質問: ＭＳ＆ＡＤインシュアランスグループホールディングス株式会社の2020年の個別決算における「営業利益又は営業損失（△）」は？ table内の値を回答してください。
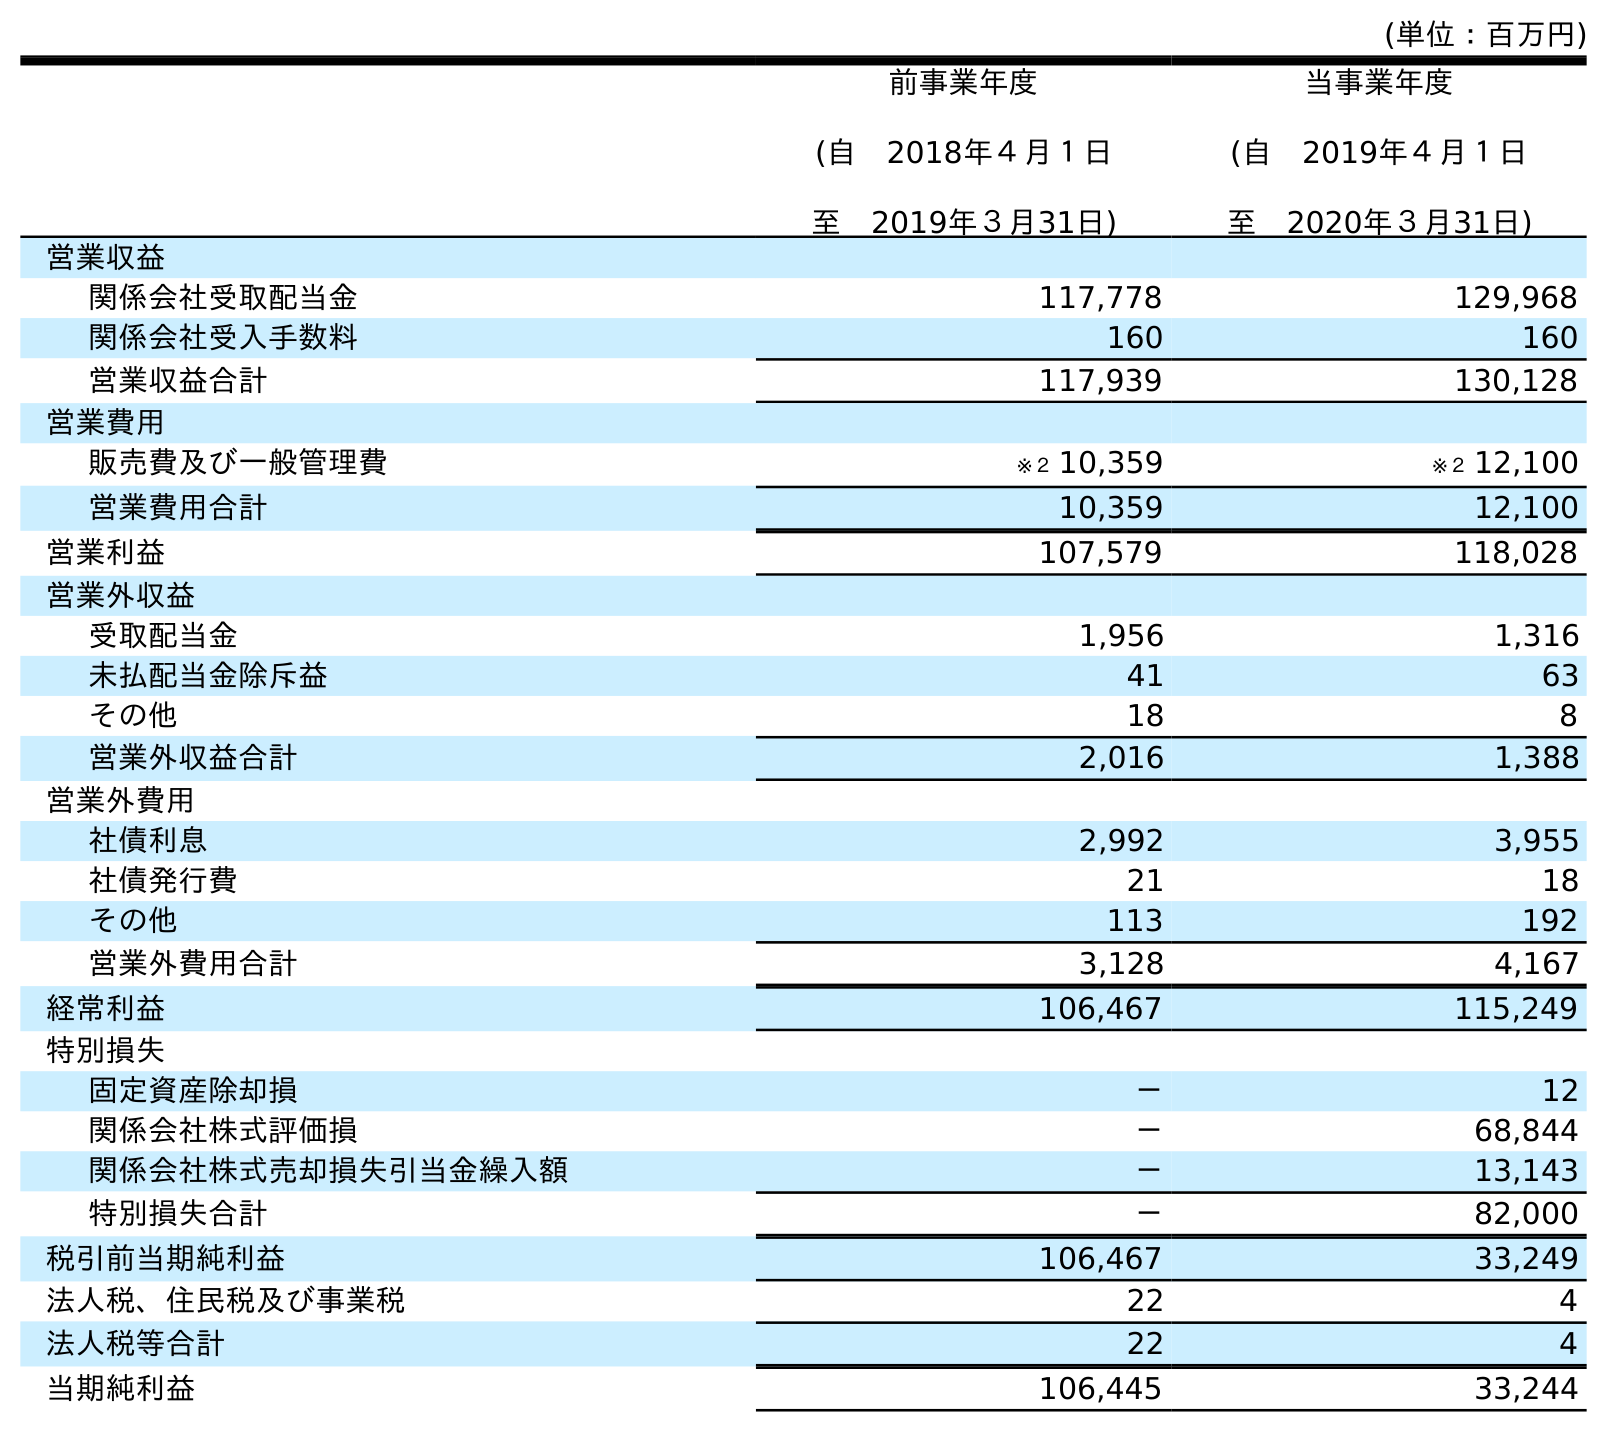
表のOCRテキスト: (単位：百万円) 前事業年度 (自 2018年４月１日 至 2019年３月31日) 当事業年度 (自 2019年４月１日 至 2020年３月31日) 営業収益 関係会社受取配当金 117,778 129,968 関係会社受入手数料 160 160 営業収益合計 117,939 130,128 営業費用 販売費及び一般管理費 ※２ 10,359 ※２ 12,100 営業費用合計 10,359 12,100 営業利益 107,579 118,028 営業外収益 受取配当金 1,956 1,316 未払配当金除斥益 41 63 その他 18 8 営業外収益合計 2,016 1,388 営業外費用 社債利息 2,992 3,955 社債発行費 21 18 その他 113 192 営業外費用合計 3,128 4,167 経常利益 106,467 115,249 特別損失 固定資産除却損 － 12 関係会社株式評価損 － 68,844 関係会社株式売却損失引当金繰入額 － 13,143 特別損失合計 － 82,000 税引前当期純利益 106,467 33,249 法人税、住民税及び事業税 22 4 法人税等合計 22 4 当期純利益 106,445 33,244
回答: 118,028